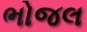
ભોજલ